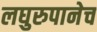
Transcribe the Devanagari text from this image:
लघुरुपानेच